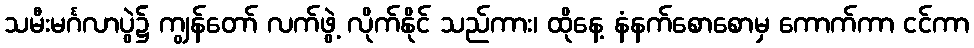
သမီးမင်္ဂလာပွဲ၌ ကျွန်တော် လက်ဖွဲ့ လိုက်နိုင် သည်ကား၊ ထိုနေ့ နံနက်စောစောမှ ကောက်ကာ ငင်ကာ